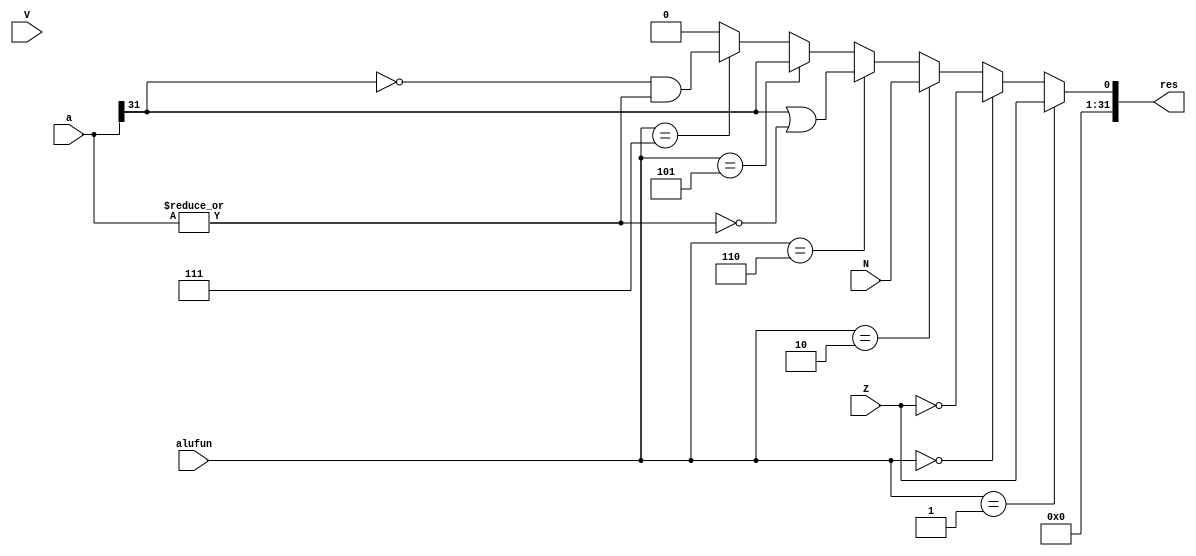
//CMP.v
module CMP(Z,V,N,alufun,res,a);
  
  input Z,V,N;
  input [31:0]a;
  input [2:0]alufun;
  output [31:0]res;
  
  assign res=
          (alufun==3'b001)?{31'b0,Z}:
          (alufun==3'b000)?{31'b0,~Z}:
          (alufun==3'b010)?{31'b0,N}:
          (alufun==3'b110)?{31'b0,a[31]|(~(|a))}:
          (alufun==3'b101)?{31'b0,a[31]}:
          (alufun==3'b111)?{31'b0,~a[31]&(|a)}:
          32'b0;
        
endmodule